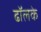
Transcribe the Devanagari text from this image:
ढॉलके